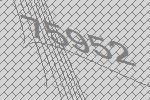
75952